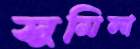
সুমিলা